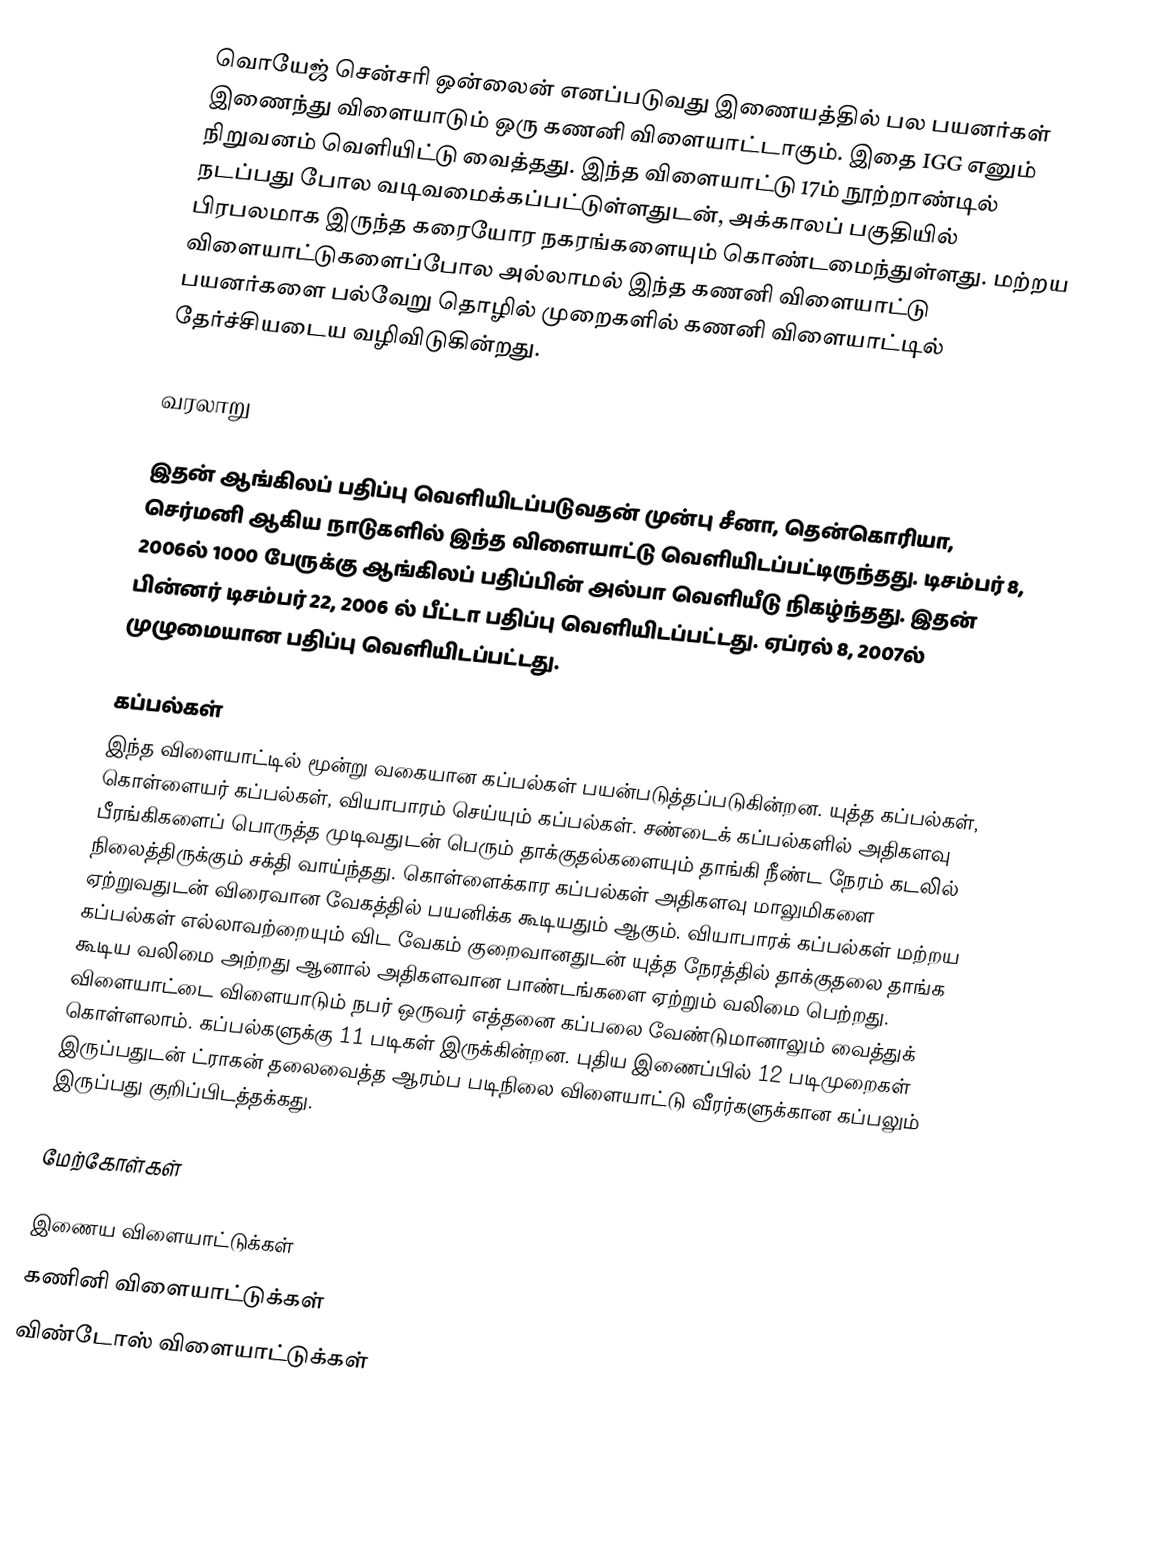
வொயேஜ் சென்சரி ஒன்லைன் எனப்படுவது இணையத்தில் பல பயனர்கள் இணைந்து விளையாடும் ஒரு கணனி விளையாட்டாகும். இதை IGG எனும் நிறுவனம் வெளியிட்டு வைத்தது. இந்த விளையாட்டு 17ம் நூற்றாண்டில் நடப்பது போல வடிவமைக்கப்பட்டுள்ளதுடன், அக்காலப் பகுதியில் பிரபலமாக இருந்த கரையோர நகரங்களையும் கொண்டமைந்துள்ளது. மற்றய விளையாட்டுகளைப்போல அல்லாமல் இந்த கணனி விளையாட்டு பயனர்களை பல்வேறு தொழில் முறைகளில் கணனி விளையாட்டில் தேர்ச்சியடைய வழிவிடுகின்றது.

வரலாறு

இதன் ஆங்கிலப் பதிப்பு வெளியிடப்படுவதன் முன்பு சீனா, தென்கொரியா, செர்மனி ஆகிய நாடுகளில் இந்த விளையாட்டு வெளியிடப்பட்டிருந்தது. டிசம்பர் 8, 2006ல் 1000 பேருக்கு ஆங்கிலப் பதிப்பின் அல்பா வெளியீடு நிகழ்ந்தது. இதன் பின்னர் டிசம்பர் 22, 2006 ல் பீட்டா பதிப்பு வெளியிடப்பட்டது. ஏப்ரல் 8, 2007ல் முழுமையான பதிப்பு வெளியிடப்பட்டது.

கப்பல்கள்
இந்த விளையாட்டில் மூன்று வகையான கப்பல்கள் பயன்படுத்தப்படுகின்றன. யுத்த கப்பல்கள், கொள்ளையர் கப்பல்கள், வியாபாரம் செய்யும் கப்பல்கள். சண்டைக் கப்பல்களில் அதிகளவு பீரங்கிகளைப் பொருத்த முடிவதுடன் பெரும் தாக்குதல்களையும் தாங்கி நீண்ட நேரம் கடலில் நிலைத்திருக்கும் சக்தி வாய்ந்தது. கொள்ளைக்கார கப்பல்கள் அதிகளவு மாலுமிகளை ஏற்றுவதுடன் விரைவான வேகத்தில் பயனிக்க கூடியதும் ஆகும். வியாபாரக் கப்பல்கள் மற்றய கப்பல்கள் எல்லாவற்றையும் விட வேகம் குறைவானதுடன் யுத்த நேரத்தில் தாக்குதலை தாங்க கூடிய வலிமை அற்றது ஆனால் அதிகளவான பாண்டங்களை ஏற்றும் வலிமை பெற்றது. விளையாட்டை விளையாடும் நபர் ஒருவர் எத்தனை கப்பலை வேண்டுமானாலும் வைத்துக் கொள்ளலாம். கப்பல்களுக்கு 11 படிகள் இருக்கின்றன. புதிய இணைப்பில் 12 படிமுறைகள் இருப்பதுடன் ட்ராகன் தலைவைத்த ஆரம்ப படிநிலை விளையாட்டு வீரர்களுக்கான கப்பலும் இருப்பது குறிப்பிடத்தக்கது.

மேற்கோள்கள்

இணைய விளையாட்டுக்கள்
கணினி விளையாட்டுக்கள்
விண்டோஸ் விளையாட்டுக்கள்